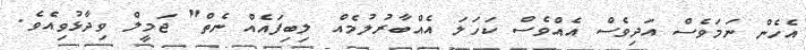
އެހެން ނަމަވެސް އަދިވެސް އެއްވެސް ކަހަލަ އެއްބާރުލުމެއް ލިބިފައެއް ނެތް" ޖަމީލް ވިދާޅުވިއެވެ.